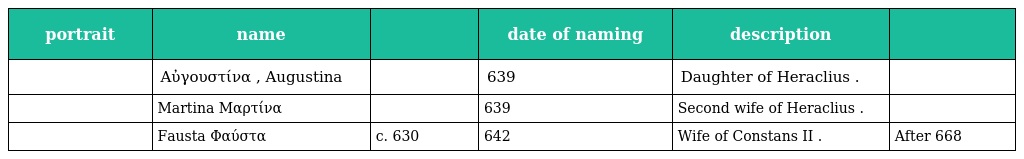
| portrait | name |  | date of naming | description |  |
 | --- | --- | --- | --- | --- | --- |
 |  | Αὐγουστίνα , Augustina |  | 639 | Daughter of Heraclius . |  |
 |  | Martina Μαρτίνα |  | 639 | Second wife of Heraclius . |  |
 |  | Fausta Φαύστα | c. 630 | 642 | Wife of Constans II . | After 668 |